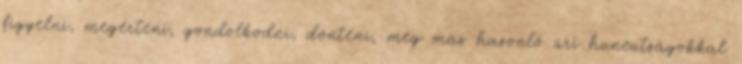
figyelni, megérteni, gondolkodni, dönteni, meg más hasonló úri huncutságokkal